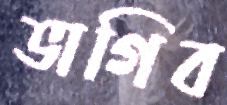
ভাগিব